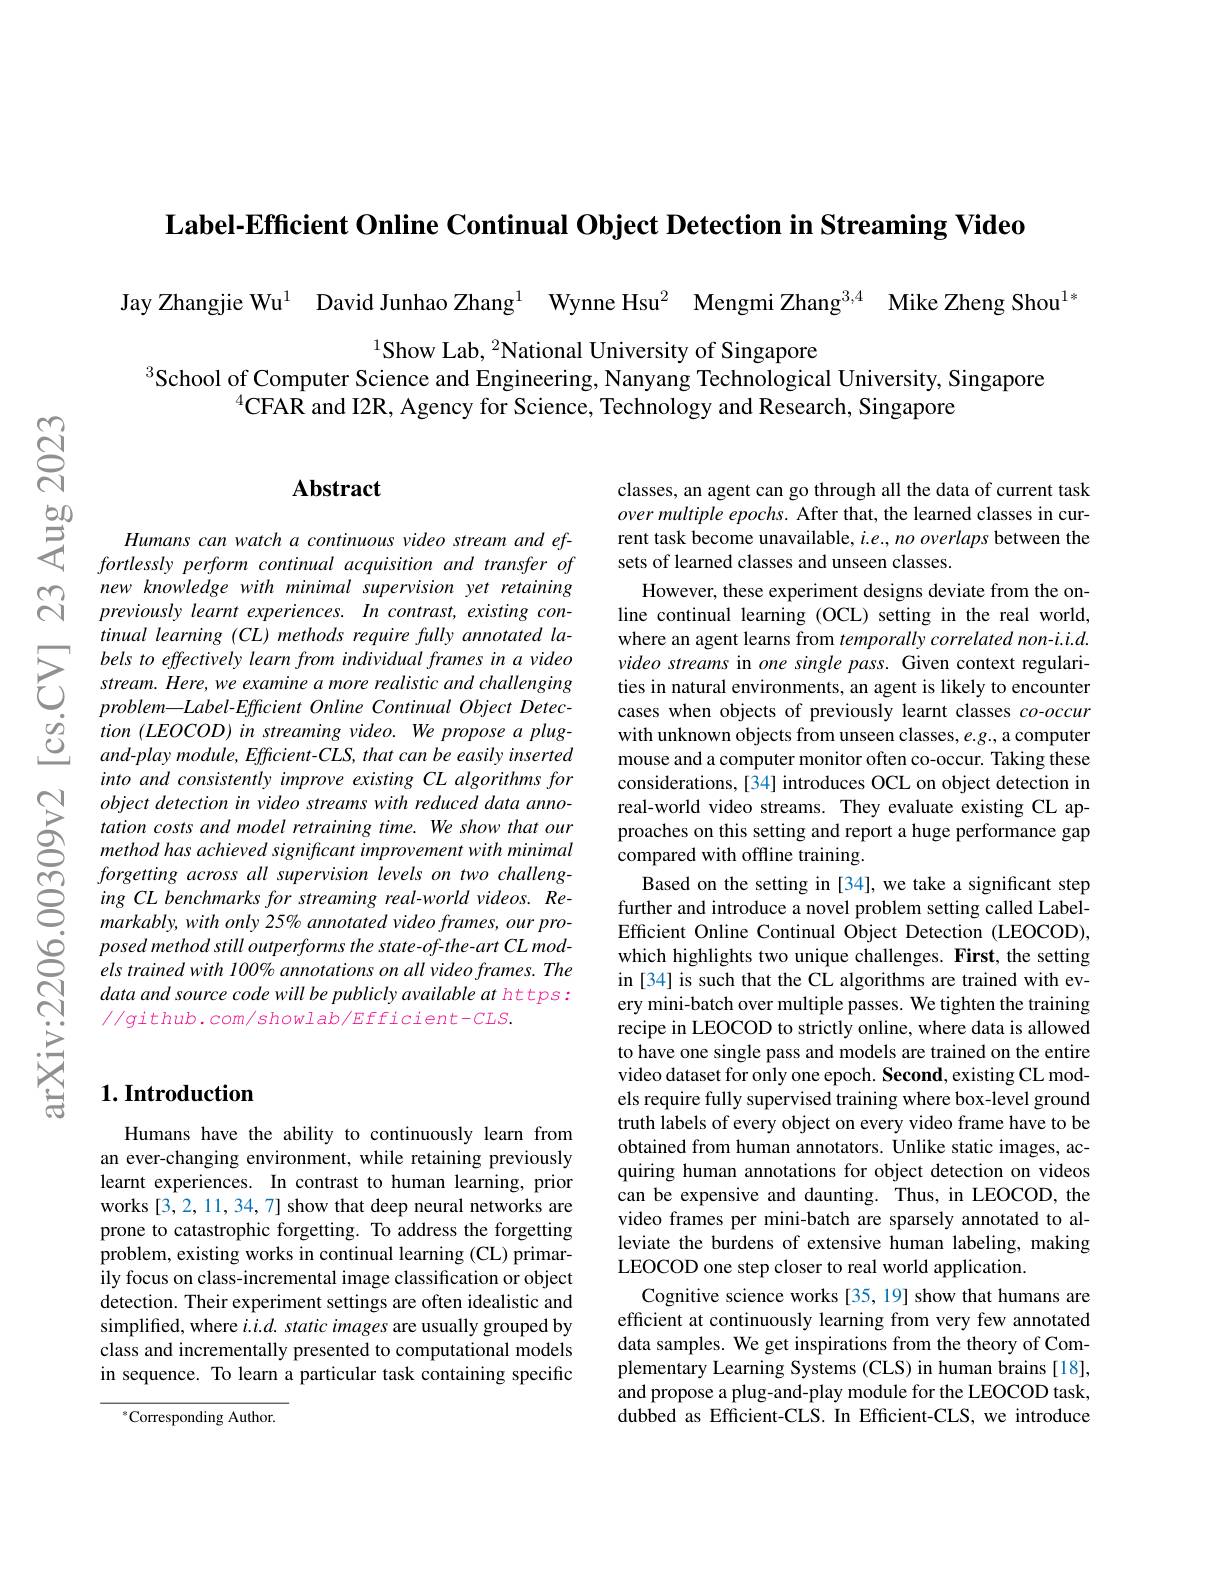
Label-Efficient Online Continual Object Detection in Streaming Video

Jay Zhangjie Wu$^{1}$ David Junhao Zhang$^{1}$ Wynne Hsu$^{2}$ Mengmi Zhang$^{3,4}$ Mike Zheng Shou$^{1}$

$^{1}$Show Lab, $^2$National University of Singapore
$^{3}$School of Computer Science and Engineering, Nanyang Technological University, Singapore
$^{4}$CFAR and I2R, Agency for Science, Technology and Research, Singapore

## Abstract

Humans can watch a continuous video stream and effortlessly perform continual acquisition and transfer of new knowledge with minimal supervision yet retaining previously learnt experiences. In contrast, existing continual learning (CL) methods require fully annotated labels to effectively learn from individual frames in a video stream. Here, we examine a more realistic and challenging $problem\_ Label\_ Efficient$ Online Continual Object $Detec-$ $tion(LEOCOD)$ in streaming video. We propose a plugand-play module, Efficient- CLS, that can be easily inserted into and consistently improve existing CL algorithms for object detection in video streams with reduced data annotation costs and model retraining time. We show that our method has achieved significant improvement with minimal forgetting across all supervision levels on two challenging CL benchmarks for streaming real-world videos. Remarkably, with only 25% annotated video frames, our pro- $posedmethodstilloutperformsthestate-of-the-artCLmod-$ els trained with 100% annotations on all video frames. The data and source code will be publicly available at https: $//g$ithub.com/showlab/Efficient-CLS.

classes, an agent can go through all the data of current task over multiple epochs. After that, the learned classes in current task become unavailable, i.e., no overlaps between the sets of learned classes and unseen classes.
However, these experiment designs deviate from the online continual learning (OCL) setting in the real world, where an agent learns from temporally correlated non-i.i.d. video streams in one single pass. Given context regularities in natural environments, an agent is likely to encounter cases when objects of previously learnt classes $co-occur$ with unknown objects from unseen classes, e.g., a computer mouse and a computer monitor often co-occur. Taking these considerations,[34] introduces OCL on object detection in real-world video streams. They evaluate existing CL approaches on this setting and report a huge performance gap compared with offline training.
Based on the setting in [34], we take a significant step further and introduce a novel problem setting called LabelEfficient Online Continual Object Detection (LEOCOD), which highlights two unique challenges. First, the setting in [34] is such that the CL algorithms are trained with every mini-batch over multiple passes. We tighten the training recipe in LEOCOD to strictly online, where data is allowed to have one single pass and models are trained on the entire video dataset for only one epoch. Second, existing CL models require fully supervised training where box-level ground truth labels of every object on every video frame have to be obtained from human annotators. Unlike static images, acquiring human annotations for object detection on videos can be expensive and daunting. Thus, in LEOCOD, the video frames per mini-batch are sparsely annotated to alleviate the burdens of extensive human labeling, making LEOCOD one step closer to real world application.
Cognitive science works [35, 19] show that humans are efficient at continuously learning from very few annotated data samples. We get inspirations from the theory of Complementary Learning Systems (CLS) in human brains [18], and propose a plug-and-play module for the LEOCOD task, dubbed as Efficient-CLS. In Efficient-CLS, we introduce

## $1. \textbf{Introduction}$

Humans have the ability to continuously learn from an ever-changing environment, while retaining previously learnt experiences. In contrast to human learning, prior works [3,2,11,34,7] show that deep neural networks are prone to catastrophic forgetting. To address the forgetting problem, existing works in continual learning (CL) primarily focus on class-incremental image classification or object detection. Their experiment settings are often idealistic and simplified, where $i. i. d. \textit{ static images are usually grouped by}$ class and incrementally presented to computational models in sequence. To learn a particular task containing specific

$^{*}$Corresponding Author.